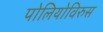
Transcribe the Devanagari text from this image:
पोलियोविरुस